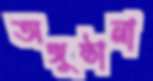
অঙ্গুষ্ঠানা